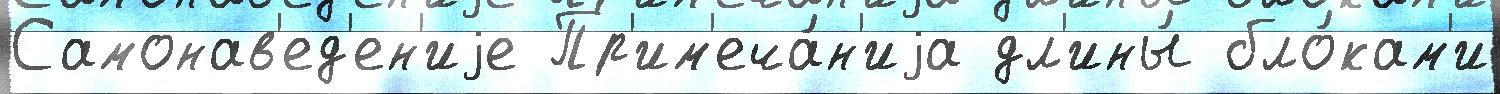
Самонав'ед'ен'иjе Пр'им'еча́н'иjа дл'ины́ бло́кам'и